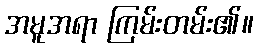
အမူအရာ ကြမ်းတမ်း၏။